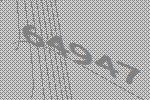
64947